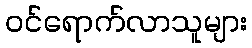
ဝင်ရောက်လာသူများ